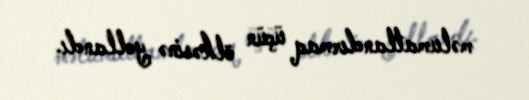
məlumatlandırmaq üçün ölkəsinə yollandı.